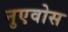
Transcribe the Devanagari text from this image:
नुएवोस